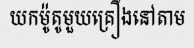
យកម៉ូតូមួយគ្រឿងនៅតាម